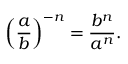
\left( { \frac { a } { b } } \right) ^ { - n } = { \frac { b ^ { n } } { a ^ { n } } } .